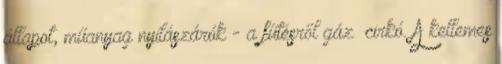
állapot, műanyag nyílászárók - a fűtésről gáz cirkó. A kellemes